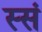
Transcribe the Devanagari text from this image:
स्सं